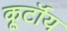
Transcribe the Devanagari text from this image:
कूर्टॉय